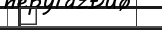
٢